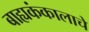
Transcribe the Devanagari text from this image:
बाह्यकंकालाचे